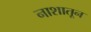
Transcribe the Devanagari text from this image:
नाशातून